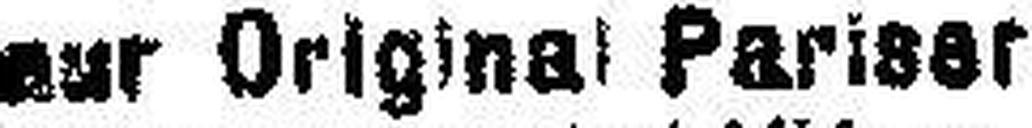
nur Original Pariser